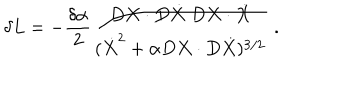
\delta L = - { \frac { \delta \alpha } { 2 } } { \frac { D X \cdot D \dot { X } \; D X \cdot \dot { X } } { ( \dot { X } ^ { 2 } + \alpha D X \cdot D \dot { X } ) ^ { 3 / 2 } } } \; .